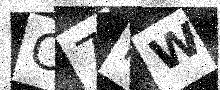
Text: C7IW